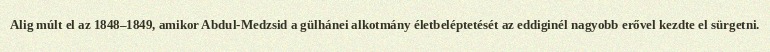
Alig múlt el az 1848–1849, amikor Abdul-Medzsid a gülhánei alkotmány életbeléptetését az eddiginél nagyobb erővel kezdte el sürgetni.